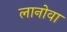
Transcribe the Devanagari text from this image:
लानोवा